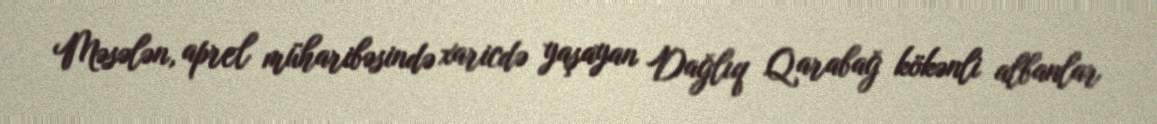
Məsələn, aprel müharibəsində xaricdə yaşayan Dağlıq Qarabağ kökənli albanlar